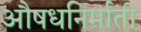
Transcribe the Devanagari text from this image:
औषधनिर्माती